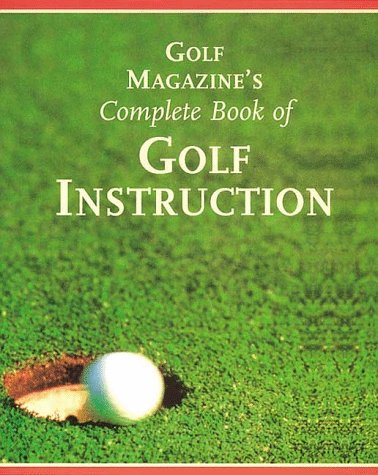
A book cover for Golf Magazine's Complete Book of Golf Instruction; George Peper; Sports & Outdoors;